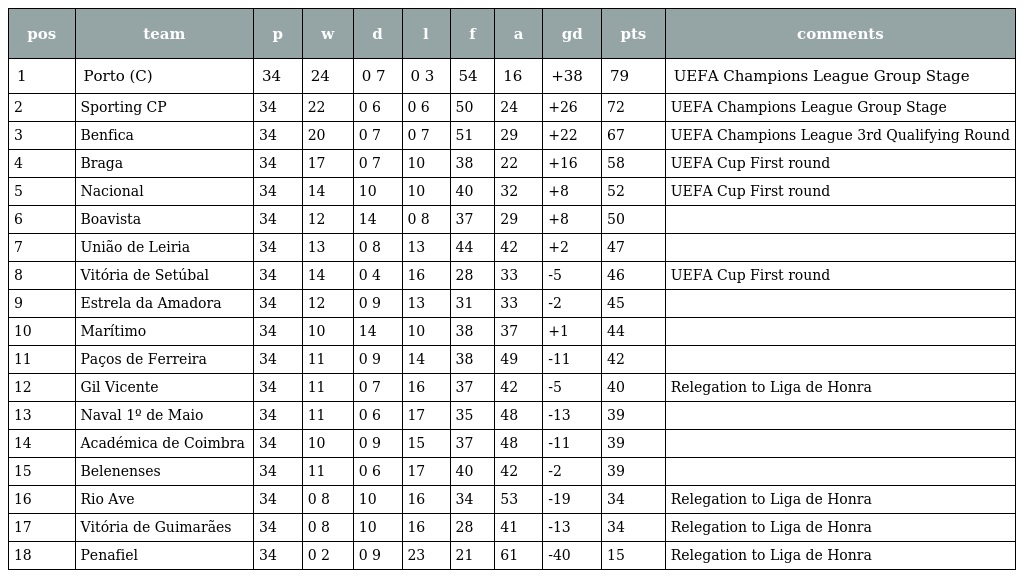
| pos | team | p | w | d | l | f | a | gd | pts | comments |
 | --- | --- | --- | --- | --- | --- | --- | --- | --- | --- | --- |
 | 1 | Porto (C) | 34 | 24 | 0 7 | 0 3 | 54 | 16 | +38 | 79 | UEFA Champions League Group Stage |
 | 2 | Sporting CP | 34 | 22 | 0 6 | 0 6 | 50 | 24 | +26 | 72 | UEFA Champions League Group Stage |
 | 3 | Benfica | 34 | 20 | 0 7 | 0 7 | 51 | 29 | +22 | 67 | UEFA Champions League 3rd Qualifying Round |
 | 4 | Braga | 34 | 17 | 0 7 | 10 | 38 | 22 | +16 | 58 | UEFA Cup First round |
 | 5 | Nacional | 34 | 14 | 10 | 10 | 40 | 32 | +8 | 52 | UEFA Cup First round |
 | 6 | Boavista | 34 | 12 | 14 | 0 8 | 37 | 29 | +8 | 50 |  |
 | 7 | União de Leiria | 34 | 13 | 0 8 | 13 | 44 | 42 | +2 | 47 |  |
 | 8 | Vitória de Setúbal | 34 | 14 | 0 4 | 16 | 28 | 33 | -5 | 46 | UEFA Cup First round |
 | 9 | Estrela da Amadora | 34 | 12 | 0 9 | 13 | 31 | 33 | -2 | 45 |  |
 | 10 | Marítimo | 34 | 10 | 14 | 10 | 38 | 37 | +1 | 44 |  |
 | 11 | Paços de Ferreira | 34 | 11 | 0 9 | 14 | 38 | 49 | -11 | 42 |  |
 | 12 | Gil Vicente | 34 | 11 | 0 7 | 16 | 37 | 42 | -5 | 40 | Relegation to Liga de Honra |
 | 13 | Naval 1º de Maio | 34 | 11 | 0 6 | 17 | 35 | 48 | -13 | 39 |  |
 | 14 | Académica de Coimbra | 34 | 10 | 0 9 | 15 | 37 | 48 | -11 | 39 |  |
 | 15 | Belenenses | 34 | 11 | 0 6 | 17 | 40 | 42 | -2 | 39 |  |
 | 16 | Rio Ave | 34 | 0 8 | 10 | 16 | 34 | 53 | -19 | 34 | Relegation to Liga de Honra |
 | 17 | Vitória de Guimarães | 34 | 0 8 | 10 | 16 | 28 | 41 | -13 | 34 | Relegation to Liga de Honra |
 | 18 | Penafiel | 34 | 0 2 | 0 9 | 23 | 21 | 61 | -40 | 15 | Relegation to Liga de Honra |